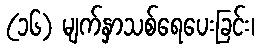
(၁၆) မျက်နှာသစ်ရေပေးခြင်း၊